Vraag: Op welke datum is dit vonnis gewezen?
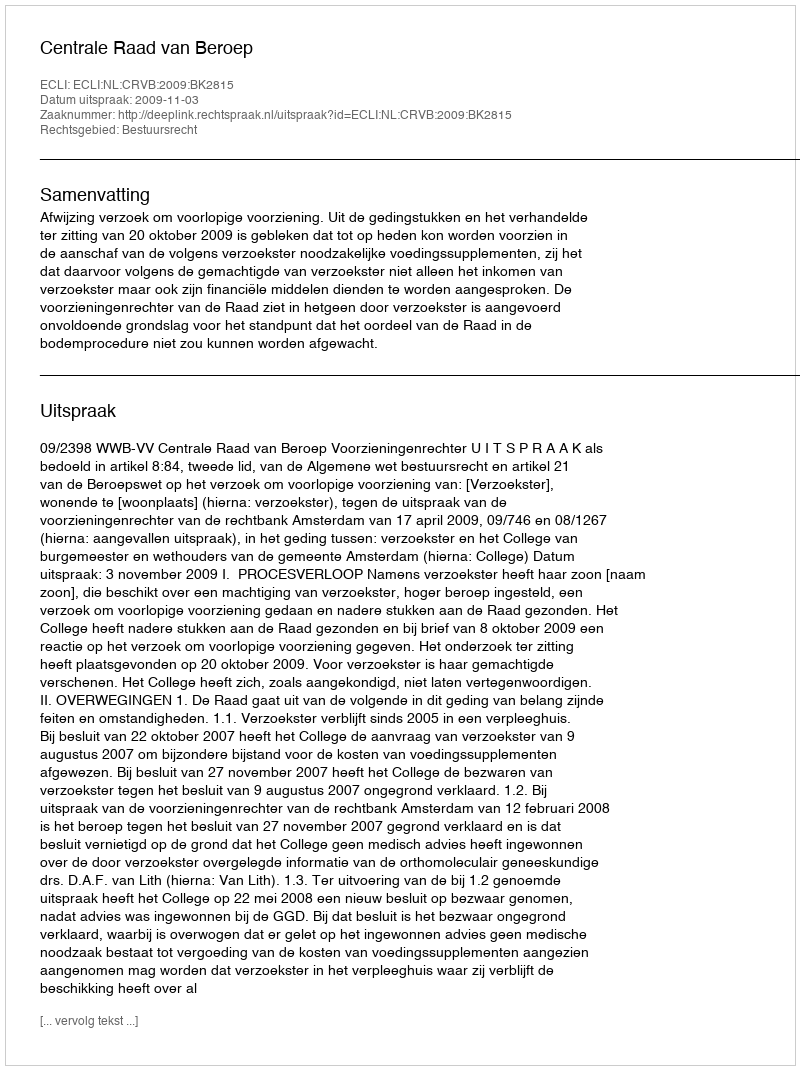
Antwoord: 2009-11-03